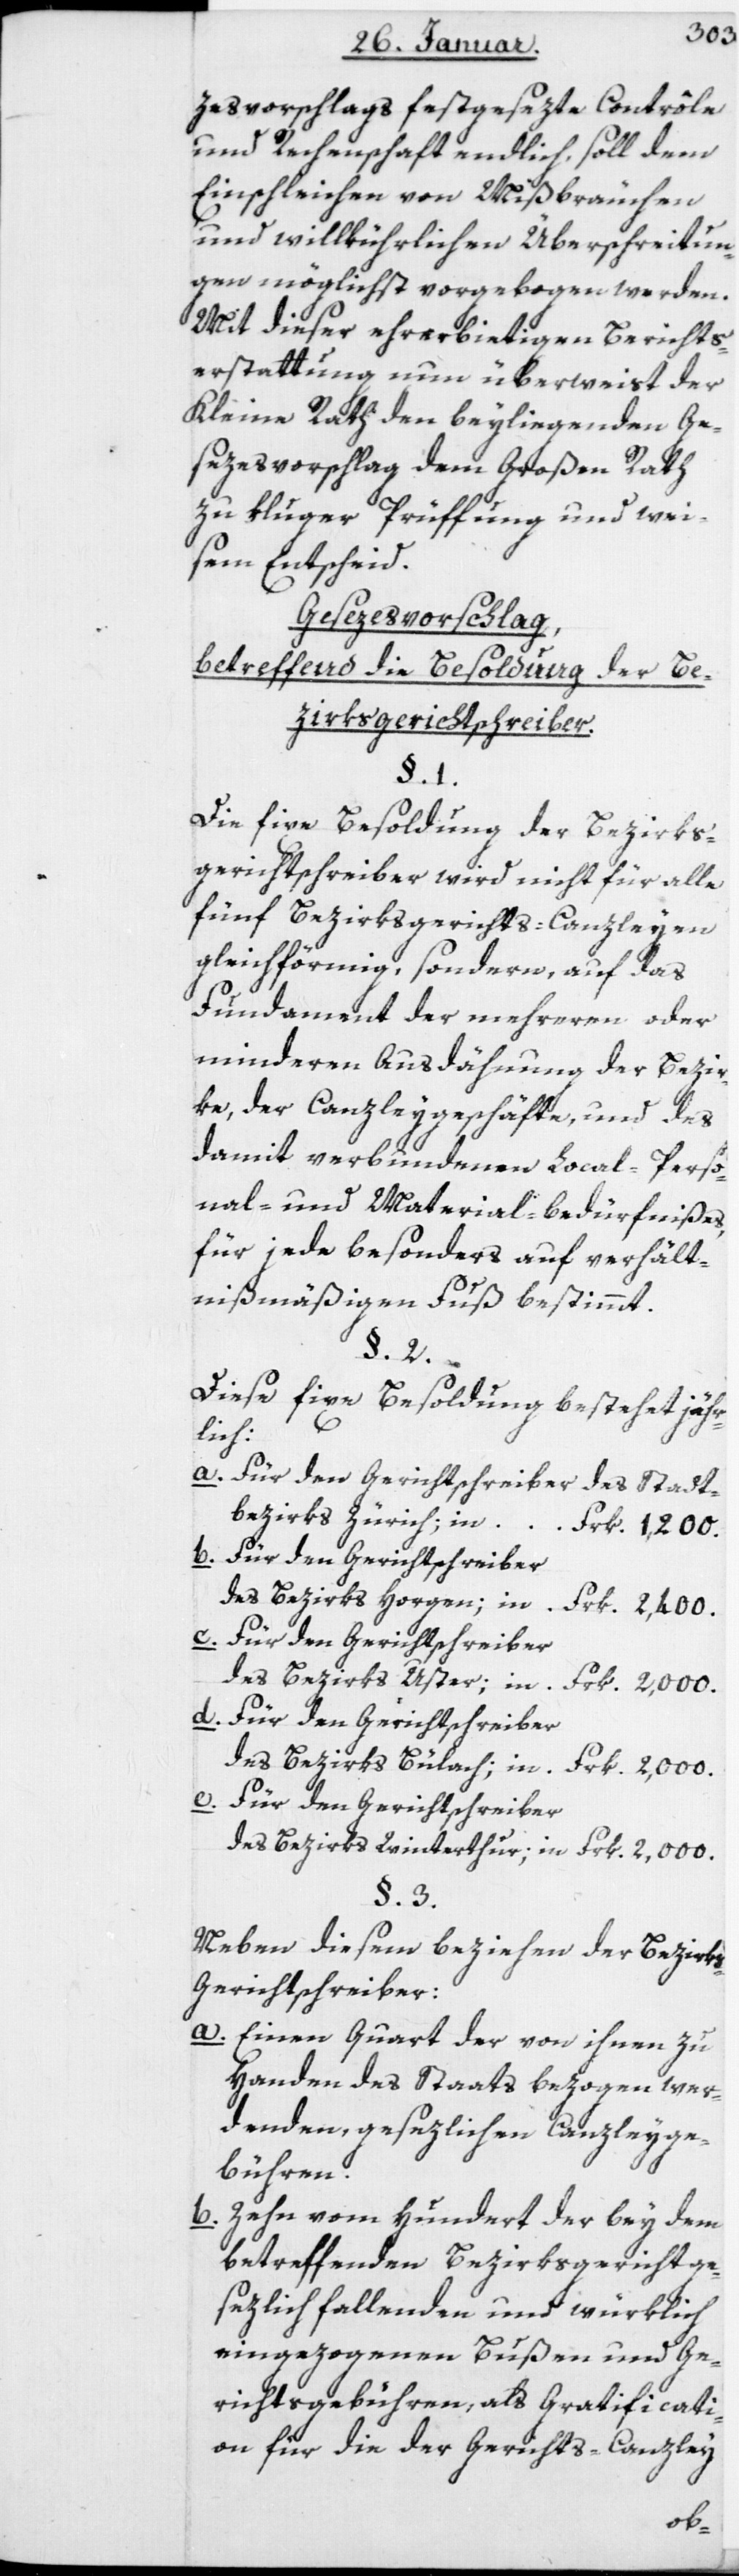
zesvorschlags festgesezte Contrôle
und Rechenschaft endlich, soll dem
Einschleichen von Mißbräuchen
und willkührlichen Überschreitun¬
gen möglichst vorgebogen werden.
Mit dieser ehrerbietigen Berichts¬
erstattung nun überweist der
Kleine Rath den beyliegenden Ge¬
sezesvorschlag dem Großen Rath
zu kluger Prüffung und wei¬
sem Entscheid.
Gesezesvorschlag
betreffend die Besoldung der Be¬
zirksgerichtschreiber.
Die fixe Besoldung der Bezirks¬
gerichtschreiber wird nicht für alle
fünf Bezirksgerichts-Canzleyen
gleichförmig, sondern auf das
Funadment der mehreren oder
minderen Ausdehung der Bezir¬
ke, der Canzleygeschäfte und des
damit verbundenen Local-, Perso¬
nal- und Material-bedürfnißes,
für jede besonders auf verhält¬
nismäßigen Fuß bestimmt.
Diese fixe Besoldung bestehet jähr¬
lich:
a. Für den Gerichtschreiber des Stadt¬
bezirks Zürich in
Frk. 1200.
3
b. Für den Gerichtschreiber
des Bezirks Horgen in
Frk 2400.
c. Für den Gerichtschreiber
des Bezirks Uster in
Frk 2000.
d. Für den Gerichtschreiber
des Bezirks Bülach in
Frk 2000.
e. Für den Gerichtschreiber
des Bezirks Winterthur in Frk 2000.
Neben diesen beziehen der Bezirk¬
s-Gerichtschreiber:
a. einen Quart der von ihnen zu
Handen des Staats bezogen wer¬
denden gesezlichen Canzleyge¬
bühren.
b. Zehn von Hundert der bey dem
betreffenden Bezirksgericht ge¬
setzlich fallenden und würklich
eingezogenen Bußen und Ge¬
richtsgebühren, als Gratificati¬
on für die der Gerichts-Canzley